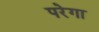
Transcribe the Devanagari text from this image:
परेगा